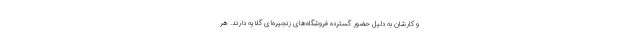
و کارشان به دلیل حضور گسترده فروشگاه‌های زنجیره‌ای گلایه دارند. هر